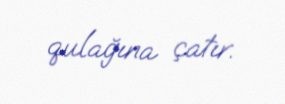
qulağına çatır.